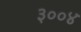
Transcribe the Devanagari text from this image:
३००४